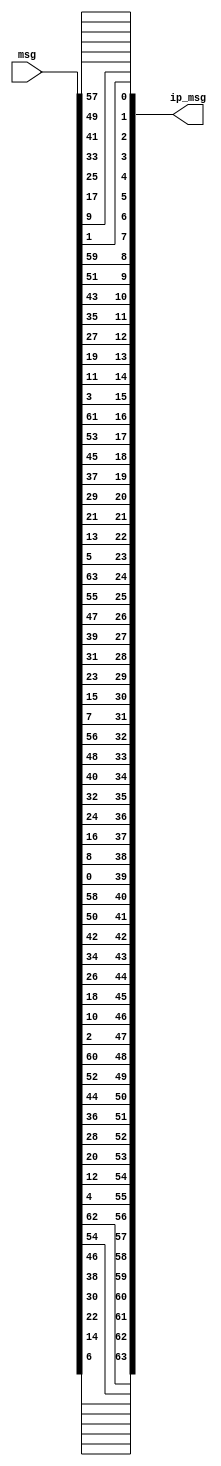
module ip(input[1:64] msg, output [1:64] ip_msg);
    assign ip_msg[1] = msg[58];
    assign ip_msg[2] = msg[50];
    assign ip_msg[3] = msg[42];
    assign ip_msg[4] = msg[34];
    assign ip_msg[5] = msg[26];
    assign ip_msg[6] = msg[18];
    assign ip_msg[7] = msg[10];
    assign ip_msg[8] = msg[2];
    assign ip_msg[9] = msg[60];
    assign ip_msg[10] = msg[52];
    assign ip_msg[11] = msg[44];
    assign ip_msg[12] = msg[36];
    assign ip_msg[13] = msg[28];
    assign ip_msg[14] = msg[20];
    assign ip_msg[15] = msg[12];
    assign ip_msg[16] = msg[4];
    assign ip_msg[17] = msg[62];
    assign ip_msg[18] = msg[54];
    assign ip_msg[19] = msg[46];
    assign ip_msg[20] = msg[38];
    assign ip_msg[21] = msg[30];
    assign ip_msg[22] = msg[22];
    assign ip_msg[23] = msg[14];
    assign ip_msg[24] = msg[6];
    assign ip_msg[25] = msg[64];
    assign ip_msg[26] = msg[56];
    assign ip_msg[27] = msg[48];
    assign ip_msg[28] = msg[40];
    assign ip_msg[29] = msg[32];
    assign ip_msg[30] = msg[24];
    assign ip_msg[31] = msg[16];
    assign ip_msg[32] = msg[8];
    assign ip_msg[33] = msg[57];
    assign ip_msg[34] = msg[49];
    assign ip_msg[35] = msg[41];
    assign ip_msg[36] = msg[33];
    assign ip_msg[37] = msg[25];
    assign ip_msg[38] = msg[17];
    assign ip_msg[39] = msg[9];
    assign ip_msg[40] = msg[1];
    assign ip_msg[41] = msg[59];
    assign ip_msg[42] = msg[51];
    assign ip_msg[43] = msg[43];
    assign ip_msg[44] = msg[35];
    assign ip_msg[45] = msg[27];
    assign ip_msg[46] = msg[19];
    assign ip_msg[47] = msg[11];
    assign ip_msg[48] = msg[3];
    assign ip_msg[49] = msg[61];
    assign ip_msg[50] = msg[53];
    assign ip_msg[51] = msg[45];
    assign ip_msg[52] = msg[37];
    assign ip_msg[53] = msg[29];
    assign ip_msg[54] = msg[21];
    assign ip_msg[55] = msg[13];
    assign ip_msg[56] = msg[5];
    assign ip_msg[57] = msg[63];
    assign ip_msg[58] = msg[55];
    assign ip_msg[59] = msg[47];
    assign ip_msg[60] = msg[39];
    assign ip_msg[61] = msg[31];
    assign ip_msg[62] = msg[23];
    assign ip_msg[63] = msg[15];
    assign ip_msg[64] = msg[7];
endmodule

module ip_inverse(input[1:64] msg, output [1:64] ipin_msg);
    assign ipin_msg[1] = msg[40];
    assign ipin_msg[2] = msg[8];
    assign ipin_msg[3] = msg[48];
    assign ipin_msg[4] = msg[16];
    assign ipin_msg[5] = msg[56];
    assign ipin_msg[6] = msg[24];
    assign ipin_msg[7] = msg[64];
    assign ipin_msg[8] = msg[32];
    assign ipin_msg[9] = msg[39];
    assign ipin_msg[10] = msg[7];
    assign ipin_msg[11] = msg[47];
    assign ipin_msg[12] = msg[15];
    assign ipin_msg[13] = msg[55];
    assign ipin_msg[14] = msg[23];
    assign ipin_msg[15] = msg[63];
    assign ipin_msg[16] = msg[31];
    assign ipin_msg[17] = msg[38];
    assign ipin_msg[18] = msg[6];
    assign ipin_msg[19] = msg[46];
    assign ipin_msg[20] = msg[14];
    assign ipin_msg[21] = msg[54];
    assign ipin_msg[22] = msg[22];
    assign ipin_msg[23] = msg[62];
    assign ipin_msg[24] = msg[30];
    assign ipin_msg[25] = msg[37];
    assign ipin_msg[26] = msg[5];
    assign ipin_msg[27] = msg[45];
    assign ipin_msg[28] = msg[13];
    assign ipin_msg[29] = msg[53];
    assign ipin_msg[30] = msg[21];
    assign ipin_msg[31] = msg[61];
    assign ipin_msg[32] = msg[29];
    assign ipin_msg[33] = msg[36];
    assign ipin_msg[34] = msg[4];
    assign ipin_msg[35] = msg[44];
    assign ipin_msg[36] = msg[12];
    assign ipin_msg[37] = msg[52];
    assign ipin_msg[38] = msg[20];
    assign ipin_msg[39] = msg[60];
    assign ipin_msg[40] = msg[28];
    assign ipin_msg[41] = msg[35];
    assign ipin_msg[42] = msg[3];
    assign ipin_msg[43] = msg[43];
    assign ipin_msg[44] = msg[11];
    assign ipin_msg[45] = msg[51];
    assign ipin_msg[46] = msg[19];
    assign ipin_msg[47] = msg[59];
    assign ipin_msg[48] = msg[27];
    assign ipin_msg[49] = msg[34];
    assign ipin_msg[50] = msg[2];
    assign ipin_msg[51] = msg[42];
    assign ipin_msg[52] = msg[10];
    assign ipin_msg[53] = msg[50];
    assign ipin_msg[54] = msg[18];
    assign ipin_msg[55] = msg[58];
    assign ipin_msg[56] = msg[26];
    assign ipin_msg[57] = msg[33];
    assign ipin_msg[58] = msg[1];
    assign ipin_msg[59] = msg[41];
    assign ipin_msg[60] = msg[9];
    assign ipin_msg[61] = msg[49];
    assign ipin_msg[62] = msg[17];
    assign ipin_msg[63] = msg[57];
    assign ipin_msg[64] = msg[25];
endmodule

module e(input[1:32] msg_r, output [1:48] emsg_r);
    assign emsg_r[1] = msg_r[32];
    assign emsg_r[2] = msg_r[1];
    assign emsg_r[3] = msg_r[2];
    assign emsg_r[4] = msg_r[3];
    assign emsg_r[5] = msg_r[4];
    assign emsg_r[6] = msg_r[5];
    assign emsg_r[7] = msg_r[4];
    assign emsg_r[8] = msg_r[5];
    assign emsg_r[9] = msg_r[6];
    assign emsg_r[10] = msg_r[7];
    assign emsg_r[11] = msg_r[8];
    assign emsg_r[12] = msg_r[9];
    assign emsg_r[13] = msg_r[8];
    assign emsg_r[14] = msg_r[9];
    assign emsg_r[15] = msg_r[10];
    assign emsg_r[16] = msg_r[11];
    assign emsg_r[17] = msg_r[12];
    assign emsg_r[18] = msg_r[13];
    assign emsg_r[19] = msg_r[12];
    assign emsg_r[20] = msg_r[13];
    assign emsg_r[21] = msg_r[14];
    assign emsg_r[22] = msg_r[15];
    assign emsg_r[23] = msg_r[16];
    assign emsg_r[24] = msg_r[17];
    assign emsg_r[25] = msg_r[16];
    assign emsg_r[26] = msg_r[17];
    assign emsg_r[27] = msg_r[18];
    assign emsg_r[28] = msg_r[19];
    assign emsg_r[29] = msg_r[20];
    assign emsg_r[30] = msg_r[21];
    assign emsg_r[31] = msg_r[20];
    assign emsg_r[32] = msg_r[21];
    assign emsg_r[33] = msg_r[22];
    assign emsg_r[34] = msg_r[23];
    assign emsg_r[35] = msg_r[24];
    assign emsg_r[36] = msg_r[25];
    assign emsg_r[37] = msg_r[24];
    assign emsg_r[38] = msg_r[25];
    assign emsg_r[39] = msg_r[26];
    assign emsg_r[40] = msg_r[27];
    assign emsg_r[41] = msg_r[28];
    assign emsg_r[42] = msg_r[29];
    assign emsg_r[43] = msg_r[28];
    assign emsg_r[44] = msg_r[29];
    assign emsg_r[45] = msg_r[30];
    assign emsg_r[46] = msg_r[31];
    assign emsg_r[47] = msg_r[32];
    assign emsg_r[48] = msg_r[1];
endmodule

module p_sbox(input[1:32] msg, output [1:32] p_msg);
    assign p_msg[1] = msg[16];
    assign p_msg[2] = msg[7];
    assign p_msg[3] = msg[20];
    assign p_msg[4] = msg[21];
    assign p_msg[5] = msg[29];
    assign p_msg[6] = msg[12];
    assign p_msg[7] = msg[28];
    assign p_msg[8] = msg[17];
    assign p_msg[9] = msg[1];
    assign p_msg[10] = msg[15];
    assign p_msg[11] = msg[23];
    assign p_msg[12] = msg[26];
    assign p_msg[13] = msg[5];
    assign p_msg[14] = msg[18];
    assign p_msg[15] = msg[31];
    assign p_msg[16] = msg[10];
    assign p_msg[17] = msg[2];
    assign p_msg[18] = msg[8];
    assign p_msg[19] = msg[24];
    assign p_msg[20] = msg[14];
    assign p_msg[21] = msg[32];
    assign p_msg[22] = msg[27];
    assign p_msg[23] = msg[3];
    assign p_msg[24] = msg[9];
    assign p_msg[25] = msg[19];
    assign p_msg[26] = msg[13];
    assign p_msg[27] = msg[30];
    assign p_msg[28] = msg[6];
    assign p_msg[29] = msg[22];
    assign p_msg[30] = msg[11];
    assign p_msg[31] = msg[4];
    assign p_msg[32] = msg[25];
endmodule

module s_box(input[6:1] B, input[3:0] s_box_id, output reg [4:1] SBOX);
    wire [2:1] i;
    wire [4:1] j;
    wire [3:0] S1[3:0][15:0];
    wire [3:0] S2[3:0][15:0];
    wire [3:0] S3[3:0][15:0];
    wire [3:0] S4[3:0][15:0];
    wire [3:0] S5[3:0][15:0];
    wire [3:0] S6[3:0][15:0];
    wire [3:0] S7[3:0][15:0];
    wire [3:0] S8[3:0][15:0];
    
    assign S1[0][0] = 14;
    assign S1[0][1] = 4;
    assign S1[0][2] = 13;
    assign S1[0][3] = 1;
    assign S1[0][4] = 2;
    assign S1[0][5] = 15;
    assign S1[0][6] = 11;
    assign S1[0][7] = 8;
    assign S1[0][8] = 3;
    assign S1[0][9] = 10;
    assign S1[0][10] = 6;
    assign S1[0][11] = 12;
    assign S1[0][12] = 5;
    assign S1[0][13] = 9;
    assign S1[0][14] = 0;
    assign S1[0][15] = 7;
    assign S1[1][0] = 0;
    assign S1[1][1] = 15;
    assign S1[1][2] = 7;
    assign S1[1][3] = 4;
    assign S1[1][4] = 14;
    assign S1[1][5] = 2;
    assign S1[1][6] = 13;
    assign S1[1][7] = 1;
    assign S1[1][8] = 10;
    assign S1[1][9] = 6;
    assign S1[1][10] = 12;
    assign S1[1][11] = 11;
    assign S1[1][12] = 9;
    assign S1[1][13] = 5;
    assign S1[1][14] = 3;
    assign S1[1][15] = 8;
    assign S1[2][0] = 4;
    assign S1[2][1] = 1;
    assign S1[2][2] = 14;
    assign S1[2][3] = 8;
    assign S1[2][4] = 13;
    assign S1[2][5] = 6;
    assign S1[2][6] = 2;
    assign S1[2][7] = 11;
    assign S1[2][8] = 15;
    assign S1[2][9] = 12;
    assign S1[2][10] = 9;
    assign S1[2][11] = 7;
    assign S1[2][12] = 3;
    assign S1[2][13] = 10;
    assign S1[2][14] = 5;
    assign S1[2][15] = 0;
    assign S1[3][0] = 15;
    assign S1[3][1] = 12;
    assign S1[3][2] = 8;
    assign S1[3][3] = 2;
    assign S1[3][4] = 4;
    assign S1[3][5] = 9;
    assign S1[3][6] = 1;
    assign S1[3][7] = 7;
    assign S1[3][8] = 5;
    assign S1[3][9] = 11;
    assign S1[3][10] = 3;
    assign S1[3][11] = 14;
    assign S1[3][12] = 10;
    assign S1[3][13] = 0;
    assign S1[3][14] = 6;
    assign S1[3][15] = 13;
    assign S2[0][0] = 15;
    assign S2[0][1] = 1;
    assign S2[0][2] = 8;
    assign S2[0][3] = 14;
    assign S2[0][4] = 6;
    assign S2[0][5] = 11;
    assign S2[0][6] = 3;
    assign S2[0][7] = 4;
    assign S2[0][8] = 9;
    assign S2[0][9] = 7;
    assign S2[0][10] = 2;
    assign S2[0][11] = 13;
    assign S2[0][12] = 12;
    assign S2[0][13] = 0;
    assign S2[0][14] = 5;
    assign S2[0][15] = 10;
    assign S2[1][0] = 3;
    assign S2[1][1] = 13;
    assign S2[1][2] = 4;
    assign S2[1][3] = 7;
    assign S2[1][4] = 15;
    assign S2[1][5] = 2;
    assign S2[1][6] = 8;
    assign S2[1][7] = 14;
    assign S2[1][8] = 12;
    assign S2[1][9] = 0;
    assign S2[1][10] = 1;
    assign S2[1][11] = 10;
    assign S2[1][12] = 6;
    assign S2[1][13] = 9;
    assign S2[1][14] = 11;
    assign S2[1][15] = 5;
    assign S2[2][0] = 0;
    assign S2[2][1] = 14;
    assign S2[2][2] = 7;
    assign S2[2][3] = 11;
    assign S2[2][4] = 10;
    assign S2[2][5] = 4;
    assign S2[2][6] = 13;
    assign S2[2][7] = 1;
    assign S2[2][8] = 5;
    assign S2[2][9] = 8;
    assign S2[2][10] = 12;
    assign S2[2][11] = 6;
    assign S2[2][12] = 9;
    assign S2[2][13] = 3;
    assign S2[2][14] = 2;
    assign S2[2][15] = 15;
    assign S2[3][0] = 13;
    assign S2[3][1] = 8;
    assign S2[3][2] = 10;
    assign S2[3][3] = 1;
    assign S2[3][4] = 3;
    assign S2[3][5] = 15;
    assign S2[3][6] = 4;
    assign S2[3][7] = 2;
    assign S2[3][8] = 11;
    assign S2[3][9] = 6;
    assign S2[3][10] = 7;
    assign S2[3][11] = 12;
    assign S2[3][12] = 0;
    assign S2[3][13] = 5;
    assign S2[3][14] = 14;
    assign S2[3][15] = 9;
    assign S3[0][0] = 10;
    assign S3[0][1] = 0;
    assign S3[0][2] = 9;
    assign S3[0][3] = 14;
    assign S3[0][4] = 6;
    assign S3[0][5] = 3;
    assign S3[0][6] = 15;
    assign S3[0][7] = 5;
    assign S3[0][8] = 1;
    assign S3[0][9] = 13;
    assign S3[0][10] = 12;
    assign S3[0][11] = 7;
    assign S3[0][12] = 11;
    assign S3[0][13] = 4;
    assign S3[0][14] = 2;
    assign S3[0][15] = 8;
    assign S3[1][0] = 13;
    assign S3[1][1] = 7;
    assign S3[1][2] = 0;
    assign S3[1][3] = 9;
    assign S3[1][4] = 3;
    assign S3[1][5] = 4;
    assign S3[1][6] = 6;
    assign S3[1][7] = 10;
    assign S3[1][8] = 2;
    assign S3[1][9] = 8;
    assign S3[1][10] = 5;
    assign S3[1][11] = 14;
    assign S3[1][12] = 12;
    assign S3[1][13] = 11;
    assign S3[1][14] = 15;
    assign S3[1][15] = 1;
    assign S3[2][0] = 13;
    assign S3[2][1] = 6;
    assign S3[2][2] = 4;
    assign S3[2][3] = 9;
    assign S3[2][4] = 8;
    assign S3[2][5] = 15;
    assign S3[2][6] = 3;
    assign S3[2][7] = 0;
    assign S3[2][8] = 11;
    assign S3[2][9] = 1;
    assign S3[2][10] = 2;
    assign S3[2][11] = 12;
    assign S3[2][12] = 5;
    assign S3[2][13] = 10;
    assign S3[2][14] = 14;
    assign S3[2][15] = 7;
    assign S3[3][0] = 1;
    assign S3[3][1] = 10;
    assign S3[3][2] = 13;
    assign S3[3][3] = 0;
    assign S3[3][4] = 6;
    assign S3[3][5] = 9;
    assign S3[3][6] = 8;
    assign S3[3][7] = 7;
    assign S3[3][8] = 4;
    assign S3[3][9] = 15;
    assign S3[3][10] = 14;
    assign S3[3][11] = 3;
    assign S3[3][12] = 11;
    assign S3[3][13] = 5;
    assign S3[3][14] = 2;
    assign S3[3][15] = 12;
    assign S4[0][0] = 7;
    assign S4[0][1] = 13;
    assign S4[0][2] = 14;
    assign S4[0][3] = 3;
    assign S4[0][4] = 0;
    assign S4[0][5] = 6;
    assign S4[0][6] = 9;
    assign S4[0][7] = 10;
    assign S4[0][8] = 1;
    assign S4[0][9] = 2;
    assign S4[0][10] = 8;
    assign S4[0][11] = 5;
    assign S4[0][12] = 11;
    assign S4[0][13] = 12;
    assign S4[0][14] = 4;
    assign S4[0][15] = 15;
    assign S4[1][0] = 13;
    assign S4[1][1] = 8;
    assign S4[1][2] = 11;
    assign S4[1][3] = 5;
    assign S4[1][4] = 6;
    assign S4[1][5] = 15;
    assign S4[1][6] = 0;
    assign S4[1][7] = 3;
    assign S4[1][8] = 4;
    assign S4[1][9] = 7;
    assign S4[1][10] = 2;
    assign S4[1][11] = 12;
    assign S4[1][12] = 1;
    assign S4[1][13] = 10;
    assign S4[1][14] = 14;
    assign S4[1][15] = 9;
    assign S4[2][0] = 10;
    assign S4[2][1] = 6;
    assign S4[2][2] = 9;
    assign S4[2][3] = 0;
    assign S4[2][4] = 12;
    assign S4[2][5] = 11;
    assign S4[2][6] = 7;
    assign S4[2][7] = 13;
    assign S4[2][8] = 15;
    assign S4[2][9] = 1;
    assign S4[2][10] = 3;
    assign S4[2][11] = 14;
    assign S4[2][12] = 5;
    assign S4[2][13] = 2;
    assign S4[2][14] = 8;
    assign S4[2][15] = 4;
    assign S4[3][0] = 3;
    assign S4[3][1] = 15;
    assign S4[3][2] = 0;
    assign S4[3][3] = 6;
    assign S4[3][4] = 10;
    assign S4[3][5] = 1;
    assign S4[3][6] = 13;
    assign S4[3][7] = 8;
    assign S4[3][8] = 9;
    assign S4[3][9] = 4;
    assign S4[3][10] = 5;
    assign S4[3][11] = 11;
    assign S4[3][12] = 12;
    assign S4[3][13] = 7;
    assign S4[3][14] = 2;
    assign S4[3][15] = 14;
    assign S5[0][0] = 2;
    assign S5[0][1] = 12;
    assign S5[0][2] = 4;
    assign S5[0][3] = 1;
    assign S5[0][4] = 7;
    assign S5[0][5] = 10;
    assign S5[0][6] = 11;
    assign S5[0][7] = 6;
    assign S5[0][8] = 8;
    assign S5[0][9] = 5;
    assign S5[0][10] = 3;
    assign S5[0][11] = 15;
    assign S5[0][12] = 13;
    assign S5[0][13] = 0;
    assign S5[0][14] = 14;
    assign S5[0][15] = 9;
    assign S5[1][0] = 14;
    assign S5[1][1] = 11;
    assign S5[1][2] = 2;
    assign S5[1][3] = 12;
    assign S5[1][4] = 4;
    assign S5[1][5] = 7;
    assign S5[1][6] = 13;
    assign S5[1][7] = 1;
    assign S5[1][8] = 5;
    assign S5[1][9] = 0;
    assign S5[1][10] = 15;
    assign S5[1][11] = 10;
    assign S5[1][12] = 3;
    assign S5[1][13] = 9;
    assign S5[1][14] = 8;
    assign S5[1][15] = 6;
    assign S5[2][0] = 4;
    assign S5[2][1] = 2;
    assign S5[2][2] = 1;
    assign S5[2][3] = 11;
    assign S5[2][4] = 10;
    assign S5[2][5] = 13;
    assign S5[2][6] = 7;
    assign S5[2][7] = 8;
    assign S5[2][8] = 15;
    assign S5[2][9] = 9;
    assign S5[2][10] = 12;
    assign S5[2][11] = 5;
    assign S5[2][12] = 6;
    assign S5[2][13] = 3;
    assign S5[2][14] = 0;
    assign S5[2][15] = 14;
    assign S5[3][0] = 11;
    assign S5[3][1] = 8;
    assign S5[3][2] = 12;
    assign S5[3][3] = 7;
    assign S5[3][4] = 1;
    assign S5[3][5] = 14;
    assign S5[3][6] = 2;
    assign S5[3][7] = 13;
    assign S5[3][8] = 6;
    assign S5[3][9] = 15;
    assign S5[3][10] = 0;
    assign S5[3][11] = 9;
    assign S5[3][12] = 10;
    assign S5[3][13] = 4;
    assign S5[3][14] = 5;
    assign S5[3][15] = 3;
    assign S6[0][0] = 12;
    assign S6[0][1] = 1;
    assign S6[0][2] = 10;
    assign S6[0][3] = 15;
    assign S6[0][4] = 9;
    assign S6[0][5] = 2;
    assign S6[0][6] = 6;
    assign S6[0][7] = 8;
    assign S6[0][8] = 0;
    assign S6[0][9] = 13;
    assign S6[0][10] = 3;
    assign S6[0][11] = 4;
    assign S6[0][12] = 14;
    assign S6[0][13] = 7;
    assign S6[0][14] = 5;
    assign S6[0][15] = 11;
    assign S6[1][0] = 10;
    assign S6[1][1] = 15;
    assign S6[1][2] = 4;
    assign S6[1][3] = 2;
    assign S6[1][4] = 7;
    assign S6[1][5] = 12;
    assign S6[1][6] = 9;
    assign S6[1][7] = 5;
    assign S6[1][8] = 6;
    assign S6[1][9] = 1;
    assign S6[1][10] = 13;
    assign S6[1][11] = 14;
    assign S6[1][12] = 0;
    assign S6[1][13] = 11;
    assign S6[1][14] = 3;
    assign S6[1][15] = 8;
    assign S6[2][0] = 9;
    assign S6[2][1] = 14;
    assign S6[2][2] = 15;
    assign S6[2][3] = 5;
    assign S6[2][4] = 2;
    assign S6[2][5] = 8;
    assign S6[2][6] = 12;
    assign S6[2][7] = 3;
    assign S6[2][8] = 7;
    assign S6[2][9] = 0;
    assign S6[2][10] = 4;
    assign S6[2][11] = 10;
    assign S6[2][12] = 1;
    assign S6[2][13] = 13;
    assign S6[2][14] = 11;
    assign S6[2][15] = 6;
    assign S6[3][0] = 4;
    assign S6[3][1] = 3;
    assign S6[3][2] = 2;
    assign S6[3][3] = 12;
    assign S6[3][4] = 9;
    assign S6[3][5] = 5;
    assign S6[3][6] = 15;
    assign S6[3][7] = 10;
    assign S6[3][8] = 11;
    assign S6[3][9] = 14;
    assign S6[3][10] = 1;
    assign S6[3][11] = 7;
    assign S6[3][12] = 6;
    assign S6[3][13] = 0;
    assign S6[3][14] = 8;
    assign S6[3][15] = 13;
    assign S7[0][0] = 4;
    assign S7[0][1] = 11;
    assign S7[0][2] = 2;
    assign S7[0][3] = 14;
    assign S7[0][4] = 15;
    assign S7[0][5] = 0;
    assign S7[0][6] = 8;
    assign S7[0][7] = 13;
    assign S7[0][8] = 3;
    assign S7[0][9] = 12;
    assign S7[0][10] = 9;
    assign S7[0][11] = 7;
    assign S7[0][12] = 5;
    assign S7[0][13] = 10;
    assign S7[0][14] = 6;
    assign S7[0][15] = 1;
    assign S7[1][0] = 13;
    assign S7[1][1] = 0;
    assign S7[1][2] = 11;
    assign S7[1][3] = 7;
    assign S7[1][4] = 4;
    assign S7[1][5] = 9;
    assign S7[1][6] = 1;
    assign S7[1][7] = 10;
    assign S7[1][8] = 14;
    assign S7[1][9] = 3;
    assign S7[1][10] = 5;
    assign S7[1][11] = 12;
    assign S7[1][12] = 2;
    assign S7[1][13] = 15;
    assign S7[1][14] = 8;
    assign S7[1][15] = 6;
    assign S7[2][0] = 1;
    assign S7[2][1] = 4;
    assign S7[2][2] = 11;
    assign S7[2][3] = 13;
    assign S7[2][4] = 12;
    assign S7[2][5] = 3;
    assign S7[2][6] = 7;
    assign S7[2][7] = 14;
    assign S7[2][8] = 10;
    assign S7[2][9] = 15;
    assign S7[2][10] = 6;
    assign S7[2][11] = 8;
    assign S7[2][12] = 0;
    assign S7[2][13] = 5;
    assign S7[2][14] = 9;
    assign S7[2][15] = 2;
    assign S7[3][0] = 6;
    assign S7[3][1] = 11;
    assign S7[3][2] = 13;
    assign S7[3][3] = 8;
    assign S7[3][4] = 1;
    assign S7[3][5] = 4;
    assign S7[3][6] = 10;
    assign S7[3][7] = 7;
    assign S7[3][8] = 9;
    assign S7[3][9] = 5;
    assign S7[3][10] = 0;
    assign S7[3][11] = 15;
    assign S7[3][12] = 14;
    assign S7[3][13] = 2;
    assign S7[3][14] = 3;
    assign S7[3][15] = 12;
    assign S8[0][0] = 13;
    assign S8[0][1] = 2;
    assign S8[0][2] = 8;
    assign S8[0][3] = 4;
    assign S8[0][4] = 6;
    assign S8[0][5] = 15;
    assign S8[0][6] = 11;
    assign S8[0][7] = 1;
    assign S8[0][8] = 10;
    assign S8[0][9] = 9;
    assign S8[0][10] = 3;
    assign S8[0][11] = 14;
    assign S8[0][12] = 5;
    assign S8[0][13] = 0;
    assign S8[0][14] = 12;
    assign S8[0][15] = 7;
    assign S8[1][0] = 1;
    assign S8[1][1] = 15;
    assign S8[1][2] = 13;
    assign S8[1][3] = 8;
    assign S8[1][4] = 10;
    assign S8[1][5] = 3;
    assign S8[1][6] = 7;
    assign S8[1][7] = 4;
    assign S8[1][8] = 12;
    assign S8[1][9] = 5;
    assign S8[1][10] = 6;
    assign S8[1][11] = 11;
    assign S8[1][12] = 0;
    assign S8[1][13] = 14;
    assign S8[1][14] = 9;
    assign S8[1][15] = 2;
    assign S8[2][0] = 7;
    assign S8[2][1] = 11;
    assign S8[2][2] = 4;
    assign S8[2][3] = 1;
    assign S8[2][4] = 9;
    assign S8[2][5] = 12;
    assign S8[2][6] = 14;
    assign S8[2][7] = 2;
    assign S8[2][8] = 0;
    assign S8[2][9] = 6;
    assign S8[2][10] = 10;
    assign S8[2][11] = 13;
    assign S8[2][12] = 15;
    assign S8[2][13] = 3;
    assign S8[2][14] = 5;
    assign S8[2][15] = 8;
    assign S8[3][0] = 2;
    assign S8[3][1] = 1;
    assign S8[3][2] = 14;
    assign S8[3][3] = 7;
    assign S8[3][4] = 4;
    assign S8[3][5] = 10;
    assign S8[3][6] = 8;
    assign S8[3][7] = 13;
    assign S8[3][8] = 15;
    assign S8[3][9] = 12;
    assign S8[3][10] = 9;
    assign S8[3][11] = 0;
    assign S8[3][12] = 3;
    assign S8[3][13] = 5;
    assign S8[3][14] = 6;
    assign S8[3][15] = 11;

    assign i[2:1] = {B[6], B[1]};
    assign j[4:1] = B[5:2];

    always @(*) begin
        case(s_box_id)
            4'b0001:  SBOX = S1[i][j];
            4'b0010:  SBOX = S2[i][j];
            4'b0011:  SBOX = S3[i][j];
            4'b0100:  SBOX = S4[i][j];
            4'b0101:  SBOX = S5[i][j];
            4'b0110:  SBOX = S6[i][j];
            4'b0111:  SBOX = S7[i][j];
            4'b1000:  SBOX = S8[i][j];
        endcase
    end
endmodule

module f(input[1:32] msg_r, input[1:48] key, output[1:32] f_out);
    wire[1:48] temp,emsg_r;
    wire[1:32] temp_s_box;
    wire[4:1] s_box1,s_box2,s_box3,s_box4,s_box5,s_box6,s_box7,s_box8;
    wire [5:0] B1,B2,B3,B4,B5,B6,B7,B8;

    e inst(msg_r, emsg_r);

    assign temp = key ^ emsg_r;

    assign B8 = temp[43:48];
    assign B7 = temp[37:42];
    assign B6 = temp[31:36];
    assign B5 = temp[25:30];
    assign B4 = temp[19:24];
    assign B3 = temp[13:18];
    assign B2 = temp[7:12];
    assign B1 = temp[1:6];

    s_box s1(B1, 4'd1, s_box1);
    s_box s2(B2, 4'd2, s_box2);
    s_box s3(B3, 4'd3, s_box3);
    s_box s4(B4, 4'd4, s_box4);
    s_box s5(B5, 4'd5, s_box5);
    s_box s6(B6, 4'd6, s_box6);
    s_box s7(B7, 4'd7, s_box7);
    s_box s8(B8, 4'd8, s_box8);
    
    assign temp_s_box = {s_box1,s_box2,s_box3,s_box4,s_box5,s_box6,s_box7,s_box8};
    
    p_sbox obj(temp_s_box, f_out);

    // initial begin
    //     #6
    //     $display("e_msg_r = %b",emsg_r);
    //     $display("key1     = %b",key);
    //     $display("sbox_i  = %b",temp);
    //     $display("sbox_o  = %b",temp_s_box);
    //     $display("f_out   = %b",f_out);
    // end
endmodule

module des(input[1:64]msg, input[1:48] k1,k2,k3,k4,k5,k6,k7,k8,k9,k10,k11,k12,k13,k14,k15,k16, output[1:64]cipher);
    wire[1:32] msg_l[16:0], msg_r[16:0];
    wire[1:64] ip_msg;
    wire[1:64] out_msg;
    wire[1:32] fout[16:1];
    wire[1:32] r_msg;
    
    ip start_ip(msg,ip_msg);

    assign {msg_l[0],msg_r[0]} = ip_msg;
    
    assign msg_l[1] = msg_r[0];
    f start_f1(msg_r[0], k1, fout[1]);
    assign msg_r[1] = fout[1]^msg_l[0];

    assign msg_l[2] = msg_r[1];
    f start_f2(msg_r[1], k2, fout[2]);
    assign msg_r[2] = fout[2]^msg_l[1];

    assign msg_l[3] = msg_r[2];
    f start_f3(msg_r[2], k3, fout[3]);
    assign msg_r[3] = fout[3]^msg_l[2];

    assign msg_l[4] = msg_r[3];
    f start_f4(msg_r[3], k4, fout[4]);
    assign msg_r[4] = fout[4]^msg_l[3];

    assign msg_l[5] = msg_r[4];
    f start_f5(msg_r[4], k5, fout[5]);
    assign msg_r[5] = fout[5]^msg_l[4];

    assign msg_l[6] = msg_r[5];
    f start_f6(msg_r[5], k6, fout[6]);
    assign msg_r[6] = fout[6]^msg_l[5];

    assign msg_l[7] = msg_r[6];
    f start_f7(msg_r[6], k7, fout[7]);
    assign msg_r[7] = fout[7]^msg_l[6];

    assign msg_l[8] = msg_r[7];
    f start_f8(msg_r[7], k8, fout[8]);
    assign msg_r[8] = fout[8]^msg_l[7];

    assign msg_l[9] = msg_r[8];
    f start_f9(msg_r[8], k9, fout[9]);
    assign msg_r[9] = fout[9]^msg_l[8];

    assign msg_l[10] = msg_r[9];
    f start_f10(msg_r[9], k10, fout[10]);
    assign msg_r[10] = fout[10]^msg_l[9];

    assign msg_l[11] = msg_r[10];
    f start_f11(msg_r[10], k11, fout[11]);
    assign msg_r[11] = fout[11]^msg_l[10];

    assign msg_l[12] = msg_r[11];
    f start_f12(msg_r[11], k12, fout[12]);
    assign msg_r[12] = fout[12]^msg_l[11];

    assign msg_l[13] = msg_r[12];
    f start_f13(msg_r[12], k13, fout[13]);
    assign msg_r[13] = fout[13]^msg_l[12];

    assign msg_l[14] = msg_r[13];
    f start_f14(msg_r[13], k14, fout[14]);
    assign msg_r[14] = fout[14]^msg_l[13];

    assign msg_l[15] = msg_r[14];
    f start_f15(msg_r[14], k15, fout[15]);
    assign msg_r[15] = fout[15]^msg_l[14];

    assign msg_l[16] = msg_r[15];
    f start_f16(msg_r[15], k16, fout[16]);
    assign msg_r[16] = fout[16]^msg_l[15];

    assign out_msg = {msg_l[16],msg_r[16]};

    ip_inverse start_ip_in(out_msg,cipher);

    initial begin
        #5
        $display("msg      = %b",msg);
        $display("ip_msg   = %b",ip_msg);
        $display("msg_l16  = %b",msg_l[16]);
        $display("msg_r16  = %b",msg_r[16]);
        $display("key1     = %b",k1);
        $display("key16    = %b",k16);
    end
endmodule

module pc_1(input [1:64] key, output [1:56] pc1);
    assign pc1[1] = key[57];
    assign pc1[2] = key[49];
    assign pc1[3] = key[41];
    assign pc1[4] = key[33];
    assign pc1[5] = key[25];
    assign pc1[6] = key[17];
    assign pc1[7] = key[9];
    assign pc1[8] = key[1];
    assign pc1[9] = key[58];
    assign pc1[10] = key[50];
    assign pc1[11] = key[42];
    assign pc1[12] = key[34];
    assign pc1[13] = key[26];
    assign pc1[14] = key[18];
    assign pc1[15] = key[10];
    assign pc1[16] = key[2];
    assign pc1[17] = key[59];
    assign pc1[18] = key[51];
    assign pc1[19] = key[43];
    assign pc1[20] = key[35];
    assign pc1[21] = key[27];
    assign pc1[22] = key[19];
    assign pc1[23] = key[11];
    assign pc1[24] = key[3];
    assign pc1[25] = key[60];
    assign pc1[26] = key[52];
    assign pc1[27] = key[44];
    assign pc1[28] = key[36];
    assign pc1[29] = key[63];
    assign pc1[30] = key[55];
    assign pc1[31] = key[47];
    assign pc1[32] = key[39];
    assign pc1[33] = key[31];
    assign pc1[34] = key[23];
    assign pc1[35] = key[15];
    assign pc1[36] = key[7];
    assign pc1[37] = key[62];
    assign pc1[38] = key[54];
    assign pc1[39] = key[46];
    assign pc1[40] = key[38];
    assign pc1[41] = key[30];
    assign pc1[42] = key[22];
    assign pc1[43] = key[14];
    assign pc1[44] = key[6];
    assign pc1[45] = key[61];
    assign pc1[46] = key[53];
    assign pc1[47] = key[45];
    assign pc1[48] = key[37];
    assign pc1[49] = key[29];
    assign pc1[50] = key[21];
    assign pc1[51] = key[13];
    assign pc1[52] = key[5];
    assign pc1[53] = key[28];
    assign pc1[54] = key[20];
    assign pc1[55] = key[12];
    assign pc1[56] = key[4];
    initial begin
       #5 $display("key      = %b",key);
    end
endmodule

module pc_2(input [1:56] key, output [1:48] pc2);
    assign pc2[1] = key[14];
    assign pc2[2] = key[17];
    assign pc2[3] = key[11];
    assign pc2[4] = key[24];
    assign pc2[5] = key[1];
    assign pc2[6] = key[5];
    assign pc2[7] = key[3];
    assign pc2[8] = key[28];
    assign pc2[9] = key[15];
    assign pc2[10] = key[6];
    assign pc2[11] = key[21];
    assign pc2[12] = key[10];
    assign pc2[13] = key[23];
    assign pc2[14] = key[19];
    assign pc2[15] = key[12];
    assign pc2[16] = key[4];
    assign pc2[17] = key[26];
    assign pc2[18] = key[8];
    assign pc2[19] = key[16];
    assign pc2[20] = key[7];
    assign pc2[21] = key[27];
    assign pc2[22] = key[20];
    assign pc2[23] = key[13];
    assign pc2[24] = key[2];
    assign pc2[25] = key[41];
    assign pc2[26] = key[52];
    assign pc2[27] = key[31];
    assign pc2[28] = key[37];
    assign pc2[29] = key[47];
    assign pc2[30] = key[55];
    assign pc2[31] = key[30];
    assign pc2[32] = key[40];
    assign pc2[33] = key[51];
    assign pc2[34] = key[45];
    assign pc2[35] = key[33];
    assign pc2[36] = key[48];
    assign pc2[37] = key[44];
    assign pc2[38] = key[49];
    assign pc2[39] = key[39];
    assign pc2[40] = key[56];
    assign pc2[41] = key[34];
    assign pc2[42] = key[53];
    assign pc2[43] = key[46];
    assign pc2[44] = key[42];
    assign pc2[45] = key[50];
    assign pc2[46] = key[36];
    assign pc2[47] = key[29];
    assign pc2[48] = key[32];
endmodule

module shift(input[4:0] i, input[1:28] k_l,input[1:28] k_r, output reg[1:28] key_l,output reg[1:28] key_r);

    always @(*) begin
        if(i==1||i==2||i==9||i==16)
            {key_l,key_r} = {{k_l[2:28],k_l[1]},{k_r[2:28],k_r[1]}};
        else 
            {key_l,key_r} = {k_l[3:28],k_l[1:2],k_r[3:28],k_r[1:2]};
    end    
endmodule

module in_key(input[1:64] key_in, output[1:48] k1,k2,k3,k4,k5,k6,k7,k8,k9,k10,k11,k12,k13,k14,k15,k16);

    wire[28:1] k_l[16:0],k_r[16:0];
    wire[56:1] temp;
    wire [1:56] x;

    pc_1 start1(key_in,temp);
    assign {k_l[0],k_r[0]} = temp;
    assign x = temp;

    shift s1(5'd1,k_l[0],k_r[0],k_l[1],k_r[1]);
    pc_2 start2({k_l[1],k_r[1]},k1);

    shift s2(5'd2,k_l[1],k_r[1],k_l[2],k_r[2]);
    pc_2 start3({k_l[2],k_r[2]},k2);

    shift s3(5'd3,k_l[2],k_r[2],k_l[3],k_r[3]);
    pc_2 start4({k_l[3],k_r[3]},k3);

    shift s4(5'd4,k_l[3],k_r[3],k_l[4],k_r[4]);
    pc_2 start5({k_l[4],k_r[4]},k4);

    shift s5(5'd5,k_l[4],k_r[4],k_l[5],k_r[5]);
    pc_2 start6({k_l[5],k_r[5]},k5);

    shift s6(5'd6,k_l[5],k_r[5],k_l[6],k_r[6]);
    pc_2 start7({k_l[6],k_r[6]},k6);

    shift s7(5'd7,k_l[6],k_r[6],k_l[7],k_r[7]);
    pc_2 start8({k_l[7],k_r[7]},k7);

    shift s8(5'd8,k_l[7],k_r[7],k_l[8],k_r[8]);
    pc_2 start9({k_l[8],k_r[8]},k8);

    shift s9(5'd9,k_l[8],k_r[8],k_l[9],k_r[9]);
    pc_2 start10({k_l[9],k_r[9]},k9);

    shift s10(5'd10,k_l[9],k_r[9],k_l[10],k_r[10]);
    pc_2 start11({k_l[10],k_r[10]},k10);

    shift s11(5'd11,k_l[10],k_r[10],k_l[11],k_r[11]);
    pc_2 start12({k_l[11],k_r[11]},k11);

    shift s12(5'd12,k_l[11],k_r[11],k_l[12],k_r[12]);
    pc_2 start13({k_l[12],k_r[12]},k12);

    shift s13(5'd13,k_l[12],k_r[12],k_l[13],k_r[13]);
    pc_2 start14({k_l[13],k_r[13]},k13);

    shift s14(5'd14,k_l[13],k_r[13],k_l[14],k_r[14]);
    pc_2 start15({k_l[14],k_r[14]},k14);

    shift s15(5'd15,k_l[14],k_r[14],k_l[15],k_r[15]);
    pc_2 start16({k_l[15],k_r[15]},k15);

    shift s16(5'd16,k_l[15],k_r[15],k_l[16],k_r[16]);
    pc_2 start17({k_l[16],k_r[16]},k16);

    initial begin
        #5 $display("pc1      = %b",temp);
    //       $display("x        = %b",x[56]);
    end
    
endmodule

module test_bench();
    reg[64:1] msg;
    reg[64:1] key_in;
    wire[48:1] k1,k2,k3,k4,k5,k6,k7,k8,k9,k10,k11,k12,k13,k14,k15,k16;
    wire[64:1] cipher;

    in_key inst_key(key_in,k1,k2,k3,k4,k5,k6,k7,k8,k9,k10,k11,k12,k13,k14,k15,k16);
    des start(msg,k1,k2,k3,k4,k5,k6,k7,k8,k9,k10,k11,k12,k13,k14,k15,k16,cipher);
    initial begin
        msg = 64'b1000000000111001100000101001100101000110011111011100011001010101;
        key_in = 64'b00010011_00110100_01010111_01111001_10011011_10111100_11000110_01010101;
        #20
        $display("cipher   = %b",cipher);
    end
endmodule